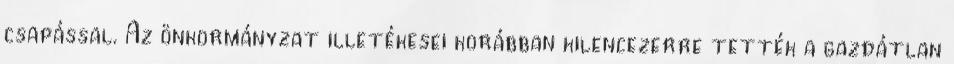
csapással. Az önkormányzat illetékesei korábban kilencezerre tették a gazdátlan